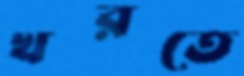
খরতে